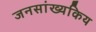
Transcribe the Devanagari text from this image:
जनसांख्यकिय